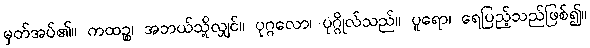
မှတ်အပ်၏။ ကထဉ္စ၊ အဘယ်သို့လျှင်။ ပုဂ္ဂလော၊ ပုဂ္ဂိုလ်သည်။ ပူရော၊ ရေပြည့်သည်ဖြစ်၍။